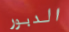
الدبور